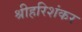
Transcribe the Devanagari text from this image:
श्रीहरिशंकर